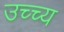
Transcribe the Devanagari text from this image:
उच्च्य